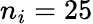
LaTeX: n_{i}=25